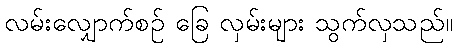
လမ်းလျှောက်စဉ် ခြေ လှမ်းများ သွက်လှသည်။